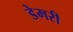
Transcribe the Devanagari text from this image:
डेमरी